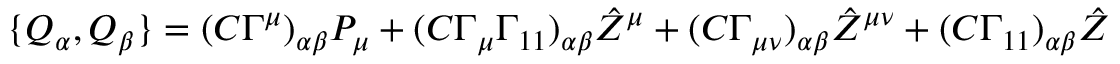
\{ Q _ { \alpha } , Q _ { \beta } \} = ( C \Gamma ^ { \mu } ) _ { \alpha \beta } P _ { \mu } + ( C \Gamma _ { \mu } \Gamma _ { 1 1 } ) _ { \alpha \beta } { \hat { Z } } ^ { \mu } + ( C \Gamma _ { \mu \nu } ) _ { \alpha \beta } { \hat { Z } } ^ { \mu \nu } + ( C \Gamma _ { 1 1 } ) _ { \alpha \beta } { \hat { Z } } \quad